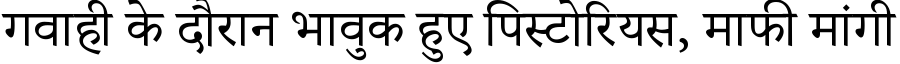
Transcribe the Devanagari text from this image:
गवाही के दौरान भावुक हुए पिस्टोरियस, माफी मांगी